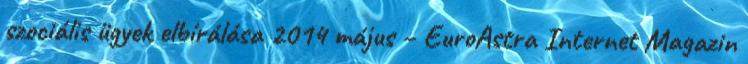
szociális ügyek elbírálása 2014 május – EuroAstra Internet Magazin